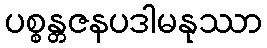
ပစ္စန္တဇနပဒါမနုဿာ